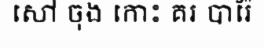
សៅ ចុង កោះ គរ បារ៉ែ